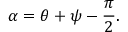
\alpha = \theta + \psi - { \frac { \pi } { 2 } } .